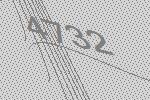
4732